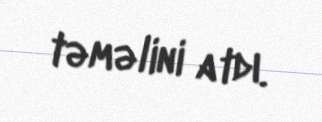
təməlini atdı.